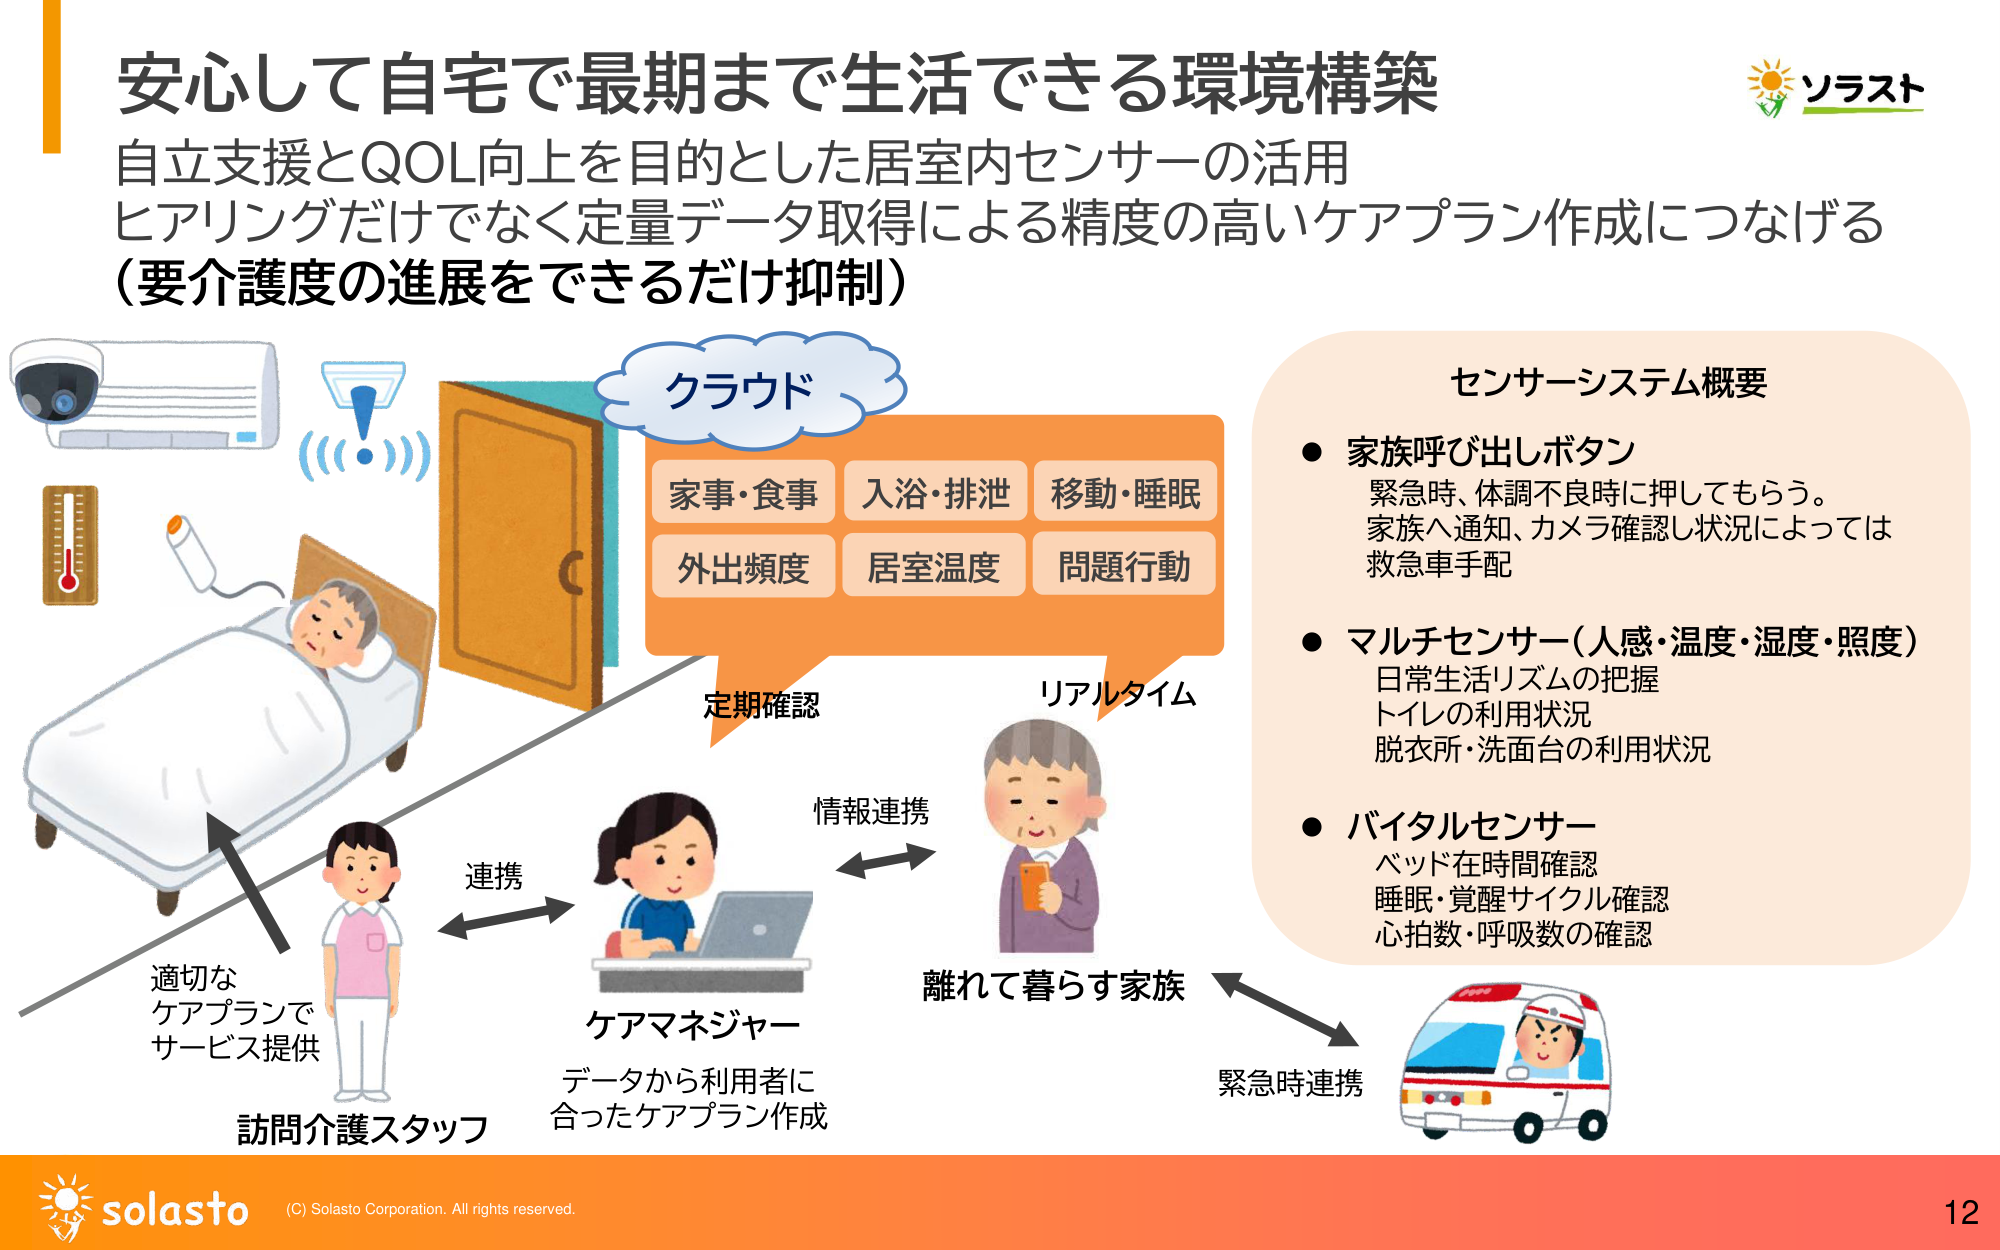
安心して自宅で最期まで生活できる環境構築
自立支援とQOL向上を目的とした居室内センサーの活用
ヒアリングだけでなく定量データ取得による精度の高いケアプラン作成につなげる
（要介護度の進展をできるだけ抑制）

クラウド
家事・食事　入浴・排泄　移動・睡眠
外出頻度　居室温度　問題行動

定期確認
リアルタイム

連携
情報連携

適切な
ケアプランで
サービス提供

訪問介護スタッフ

ケアマネジャー
データから利用者に
合ったケアプラン作成

離れて暮らす家族

緊急時連携

センサーシステム概要
● 家族呼び出しボタン
　緊急時、体調不良時に押してもらう。
　家族へ通知、カメラ確認し状況によっては
　救急車手配

● マルチセンサー（人感・温度・湿度・照度）
　日常生活リズムの把握
　トイレの利用状況
　脱衣所・洗面台の利用状況

● バイタルセンサー
　ベッド在時間確認
　睡眠・覚醒サイクル確認
　心拍数・呼吸数の確認

ソラスト

solasto
(C) Solasto Corporation. All rights reserved.
12